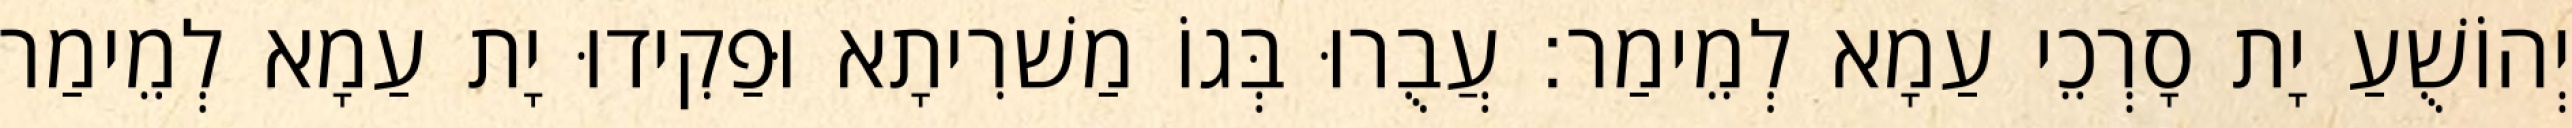
יְהוֹשֻׁעַ יָת סָרְכֵי עַמָא לְמֵימַר׃ עֲבֻרוּ בְּגוֹ מַשׁרִיתָא וּפַקִידוּ יָת עַמָא לְמֵימַר